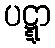
ပဋ္ဋာ